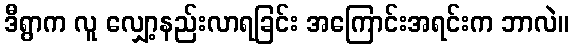
ဒီရွာက လူ လျှော့နည်းလာရခြင်း အကြောင်းအရင်းက ဘာလဲ။